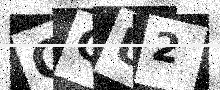
Text: OQU2